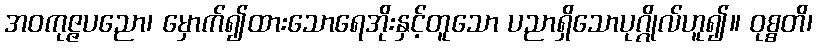
အဝကုဇ္ဇပညော၊ မှောက်၍ထားသောရေအိုးနှင့်တူသော ပညာရှိသောပုဂ္ဂိုလ်ဟူ၍။ ဝုစ္စတိ၊